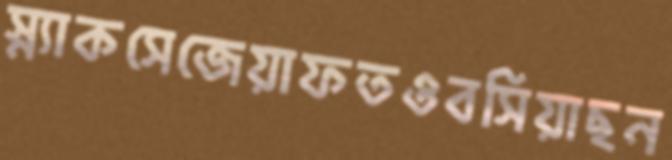
স্ন্যাকসেজেয়াফতওবসিয়াছন